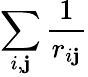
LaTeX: \sum_{i,\mathbf{j}}\frac{{1}}{{r_{i\mathbf{j}}}}